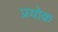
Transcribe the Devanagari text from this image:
प्रयोक